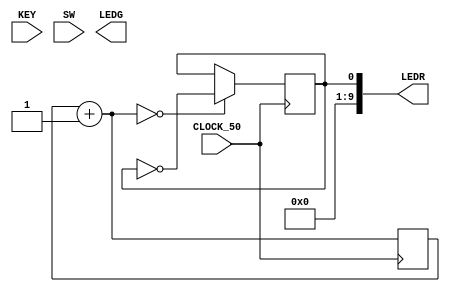
module teste(
    input CLOCK_50,
    input [3:0] KEY,
    input [9:0] SW,
    output [7:0] LEDG,
    output [9:0] LEDR
);

reg [25:0] cont=0;
reg um = 0;
assign LEDR = um;
    always@(posedge CLOCK_50) begin
        cont = cont+1;
        if(cont == 0)begin
            um=~um;
        end
    end
endmodule